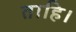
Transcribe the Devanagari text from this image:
ताहि।